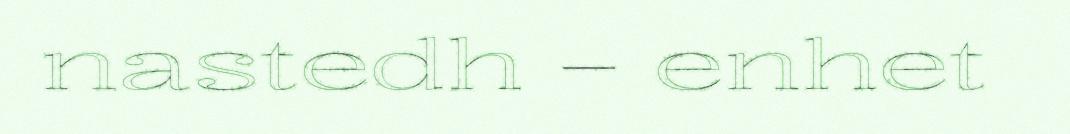
nastedh – enhet